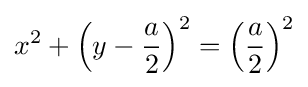
x^{2}+\left(y-{\frac {a}{2}}\right)^{2}=\left({\frac {a}{2}}\right)^{2}